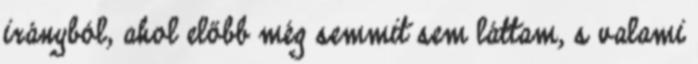
irányból, ahol előbb még semmit sem láttam, s valami